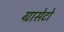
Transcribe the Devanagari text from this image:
ग्रासेटो